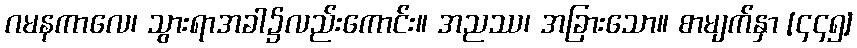
ဂမနကာလေ၊ သွားရာအခါ၌လည်းကောင်း။ အညဿ၊ အခြားသော။ စာမျက်နှာ [၄၄၅]